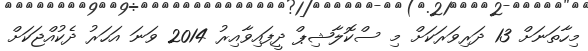
މިހާތަނަށް 13 ދަރިވަރަކަށް މި ސްކޮލާޝިޕް ދީފައިވާއިރު 2014 ވަނަ އަހަރު ދެކުއްޖަކަށް